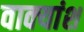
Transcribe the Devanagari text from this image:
वाक्‍यांश